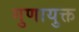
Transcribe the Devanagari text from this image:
गुणायुक्त